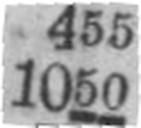
1050